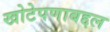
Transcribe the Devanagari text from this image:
खोटेपणाबद्दल